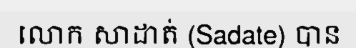
លោក សាដាត់ (Sadate) បាន